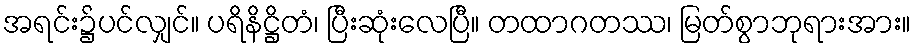
အရင်း၌ပင်လျှင်။ ပရိနိဋ္ဌိတံ၊ ပြီးဆုံးလေပြီ။ တထာဂတဿ၊ မြတ်စွာဘုရားအား။